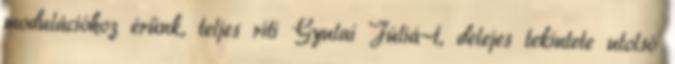
modulációhoz érünk, teljes ríti Gyulai Júliá-t, delejes tekintete utolsó